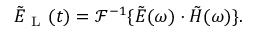
\Tilde { E } _ { \mathrm { ~ L ~ } } ( t ) = \mathcal { F } ^ { - 1 } \{ \Tilde { E } ( \omega ) \cdot \Tilde { H } ( \omega ) \} .